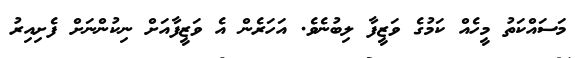
މަސައްކަތު މީހެއް ކަމުގެ ވަޒީފާ ލިބުނެވެ. އަހަރެން އެ ވަޒީފާއަށް ނިކުންނަށް ފެށިއިރު